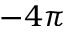
- 4 \pi